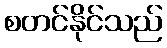
စတင်နိုင်သည်